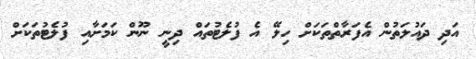
އަދި ދައުލަތުން އެފަރާތްތަކަށް ހިލޭ އެ ފުލެޓުތައް ދިނީ ނޫން ކަމަށާއި ފުލެޓުތަކަށް